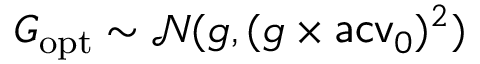
G _ { \mathrm { o p t } } \sim \mathcal N ( g , ( g \times \mathsf { a c v } _ { 0 } ) ^ { 2 } )